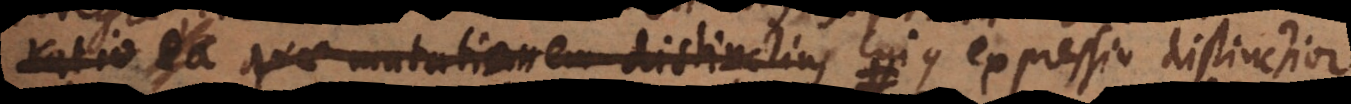
ratio quae mutationem distinctius cujus expressio distinctior